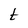
Character: t